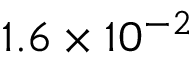
1 . 6 \times 1 0 ^ { - 2 }